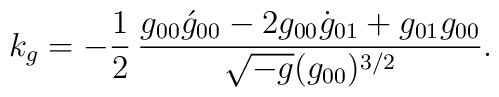
k_g=-\frac{1}{2}\,\frac{g_{00}\acute{g}_{00}-2 g_{00}\dot{g}_{01}+g_{01}g_{00}}{\sqrt{-g}(g_{00})^{3/2}}.